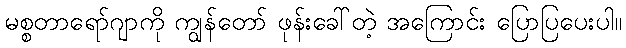
မစ္စတာရော်ဂျာကို ကျွန်တော် ဖုန်းခေါ်တဲ့ အကြောင်း ပြောပြပေးပါ။